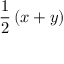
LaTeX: { \frac { 1 } { 2 } } \left( x + y \right)